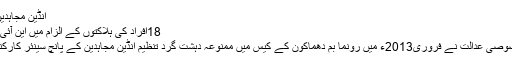
انڈین مجاہدین کے 5 کارکنوں کو سزائے موت
18افراد کی ہلاکتوں کے الزام میں این آئی اے کی خصوصی عدالت کا فیصلہ
نیشنل انوسٹی گیشن ایجنسی کی خصوصی عدالت نے فروری2013ء میں رونما بم دھماکون کے کیس میں ممنوعہ دہشت گرد تنظیم انڈین مجاہدین کے پانچ سینئر کارکنوں کو آج موت کی سزا سنائی ہے۔